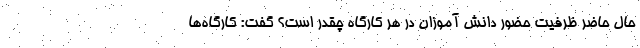
حال حاضر ظرفیت حضور دانش آموزان در هر کارگاه چقدر است؟ گفت: کارگاه‌ها